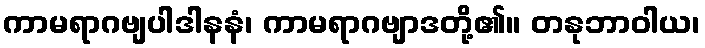
ကာမရာဂဗျပါဒါနနံ၊ ကာမရာဂဗျာဒတို့၏။ တနုဘာဝါယ၊